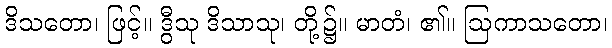
ဒိသတော၊ ဖြင့်။ ဒွီသု ဒိသာသု၊ တို့၌။ မာတံ၊ ၏။ ဩကာသတော၊